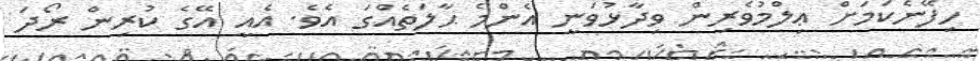
ހިފޭނެކަމަށް ޢިލްމުވެރިން ވިދާޅުވަނީ އެންމެ ޙާލަތެއްގަ އެވެ. އެއީ އޭގެ ކުރިން ރޯދަ